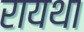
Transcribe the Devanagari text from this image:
रायथा